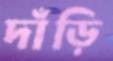
দাঁড়ি